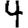
Digit: 4